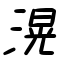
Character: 滉